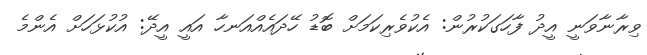
ވިރާނާވަނީ އީދު ފާހަގަކުރުން: އެކުވެރިކަމަށް ބޮޑު ހޭދައެއްއަނހާ އައީ އީދޭ: އުކުޅަހަށް އެންމެ